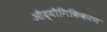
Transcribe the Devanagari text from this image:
औद्यौगिकिकरण